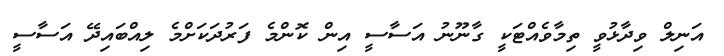
އަނިލް ވިދާޅުވީ ތިމާވެއްޓަކީ ގާނޫނު އަސާސީ އިން ކޮންމެ ފަރުދަކަށްމެ ލިއްބައިދޭ އަސާސީ